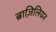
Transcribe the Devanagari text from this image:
ब्राज़िलियन